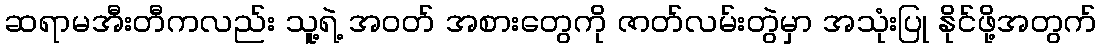
ဆရာမအီးတီကလည်း သူ့ရဲ့ အဝတ် အစားတွေကို ဇာတ်လမ်းတွဲမှာ အသုံးပြု နိုင်ဖို့အတွက်